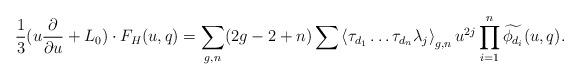
LaTeX: \begin{align*}\frac{1}{3}(u\frac{\partial }{\partial u}+L_0)\cdot F_H(u,q)= \sum_{g,n}(2g-2+n)\sum \left< \tau_{d_1}\dots \tau_{d_n}\lambda_j\right>_{g,n}u^{2j}\prod_{i=1}^n \widetilde{\phi_{d_i}}(u,q).\end{align*}